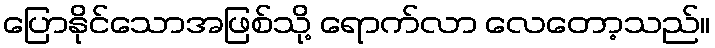
ပြောနိုင်သောအဖြစ်သို့ ရောက်လာ လေတော့သည်။